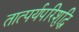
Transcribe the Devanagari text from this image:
तात्पर्यपरिशुद्धि